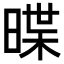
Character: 𣈽